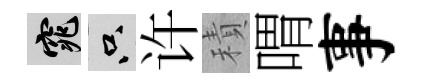
窕只许積喟事